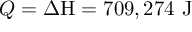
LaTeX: Q = { \Delta \mathrm { H } } = 7 0 9 , 2 7 4 { \mathrm { ~ J } }